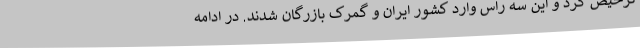
ترخیص کرد و این سه راس وارد کشور ایران و گمرک بازرگان شدند. در ادامه